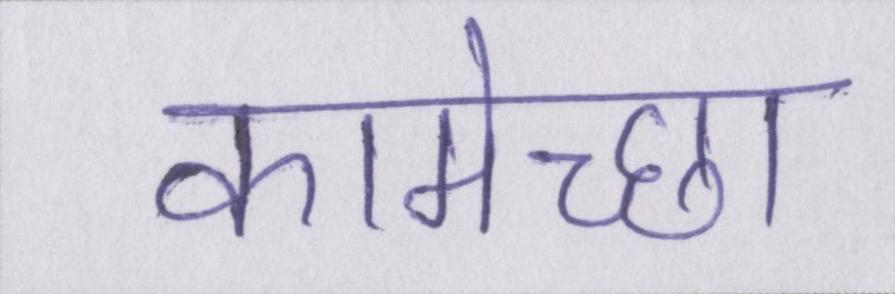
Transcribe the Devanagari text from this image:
कामेच्छा